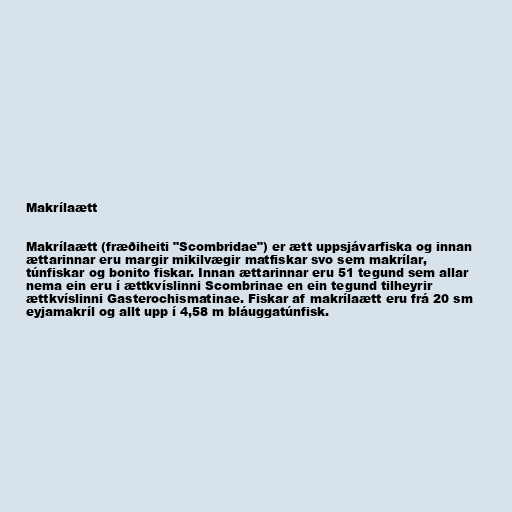
Makrílaætt

Makrílaætt (fræðiheiti "Scombridae") er ætt uppsjávarfiska og innan
ættarinnar eru margir mikilvægir matfiskar svo sem makrílar,
túnfiskar og bonito fiskar. Innan ættarinnar eru 51 tegund sem allar
nema ein eru í ættkvíslinni Scombrinae en ein tegund tilheyrir
ættkvíslinni Gasterochismatinae. Fiskar af makrílaætt eru frá 20 sm
eyjamakríl og allt upp í 4,58 m bláuggatúnfisk.